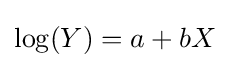
\log(Y)=a+bX